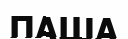
ПАША